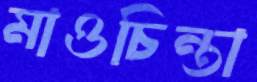
মাওচিন্তা